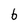
Character: b